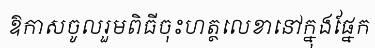
ឱកាសចូលរួមពិធីចុះហត្ថលេខានៅក្នុងផ្នែក